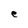
Character: e